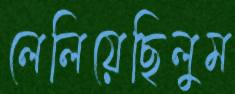
লেলিয়েছিলুম